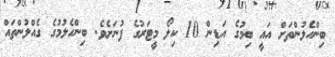
ބިންހެލުންތަށް އައީ ބިމުގެ އަޑިން 10 ކިލޯ މީޓަރުގެ ފުނަށެވެ. ބިންހެލުމުގެ ގެއްލުންތައް